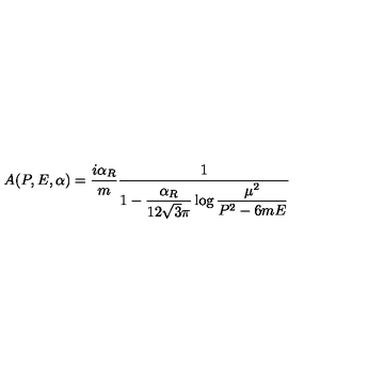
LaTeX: A ( P , E , \alpha ) = { \frac { i \alpha _ { R } } { m } } { \frac { 1 } { 1 - \displaystyle { \frac { \alpha _ { R } } { 1 2 \sqrt { 3 } \pi } } \log \displaystyle { { \frac { \mu ^ { 2 } } { P ^ { 2 } - 6 m E } } } } }